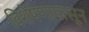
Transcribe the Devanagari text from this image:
विशेषणापासून